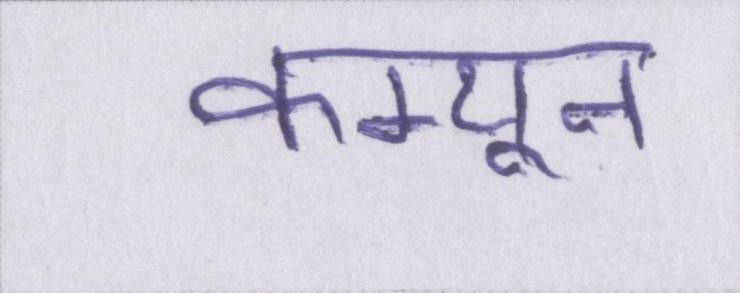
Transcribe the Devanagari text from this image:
कम्यून